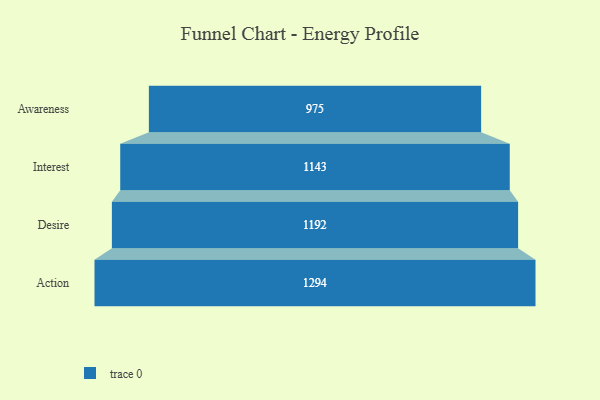
{"axis": {"x": "Stage", "y": "Value"}, "legend": [""], "data": [{"x": "Awareness", "y": 975.0, "type": ""}, {"x": "Interest", "y": 1143.0, "type": ""}, {"x": "Desire", "y": 1192.0, "type": ""}, {"x": "Action", "y": 1294.0, "type": ""}]}